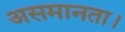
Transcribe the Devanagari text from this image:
असमानता।